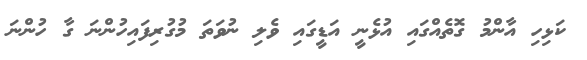
ކަޅިހި އާންމު ގޮތެއްގައި އުޅެނީ އަޑީގައި ވެލި ނުވަތަ މުގުރިފައިހުންނަ ގާ ހުންނަ